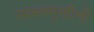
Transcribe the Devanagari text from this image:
मानवमुक्तीची